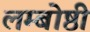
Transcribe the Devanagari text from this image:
लम्बोष्ठी